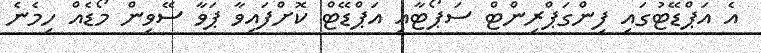
އެ އަޕްޑޭޓުގައި ފިންގަޕްރިންޓް ސަަޕޯޓާއި އަޕްޑޭޓް ކޮށްފައިވާ ޕަވާ ސޭވިން މޯޑެއް ހިމެނެ